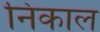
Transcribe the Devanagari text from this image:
निकाल